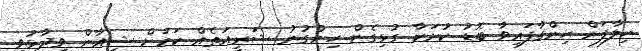
ހިލާފަށް ހިންގާފައިވާ ބޮޑު ކުށަކާ ގުޅިގެން ހިންގުނު ޝަރީއަތެއް ކަމަށް ޝިއާން ވިދާޅުވި